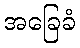
အခြေခံ